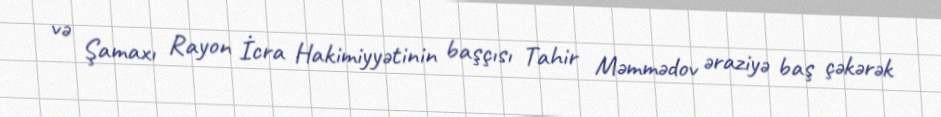
və Şamaxı Rayon İcra Hakimiyyətinin başçısı Tahir Məmmədov əraziyə baş çəkərək